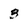
Character: 3